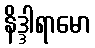
နိဒ္ဒါရာမော